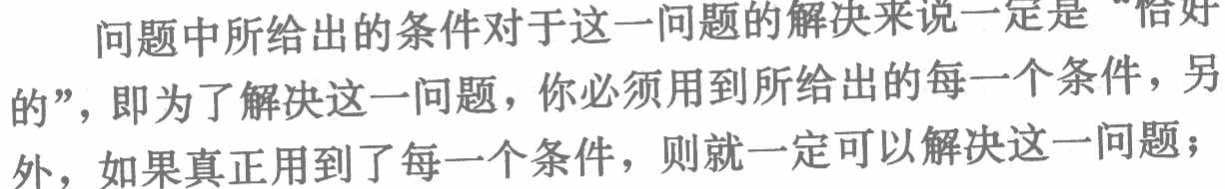
问题中所给出的条件对于这一问题的解决来说一定是“恰好

的”，即为了解决这一问题，你必须用到所给出的每一个条件，另

外，如果真正用到了每一个条件，则就一定可以解决这一问题；